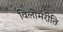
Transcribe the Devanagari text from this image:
विलोमरीति